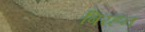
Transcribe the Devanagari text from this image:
बिरहन